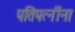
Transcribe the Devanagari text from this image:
पतिपत्‍नींना